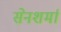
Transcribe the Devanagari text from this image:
सेनशर्मा